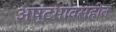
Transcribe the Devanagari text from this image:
अष्टभावसहीत